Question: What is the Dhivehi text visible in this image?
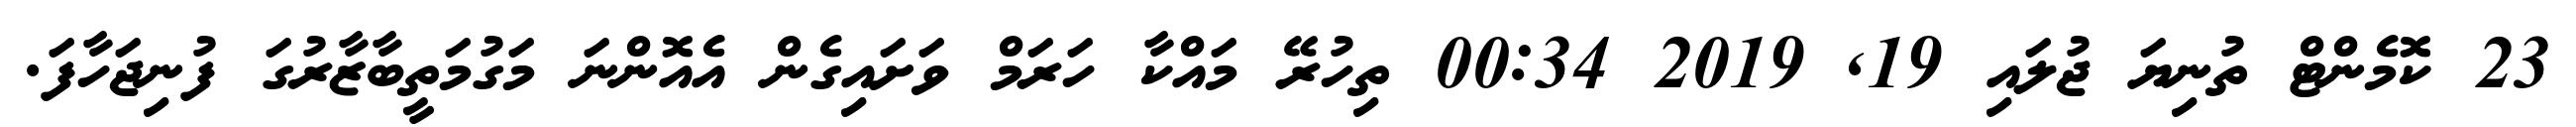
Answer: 23 ކޮމެންޓް ތުނިޔަ ޖުލައި 19, 2019 00:34 ތިހުރޭ މައްކާ ހަރަމް ވަށައިގެން އެއޮންނަ މަގުމަތީބާޒާރުގަ ފުނިޖަހާފަ.